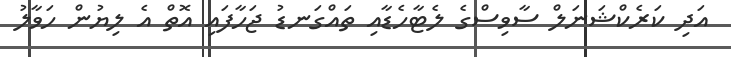
އަދި ކަރެކްޝަނަލް ސާވިސްގެ ލެޓާހެޑާއި ތައްގަނޑު ޖަހާފައި އޮތް އެ ލިޔުން ހަވާލު